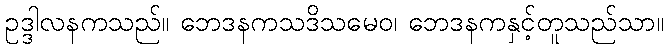
ဥဒ္ဒါလနကသည်။ ဘေဒနကသဒိသမေဝ၊ ဘေဒနကနှင့်တူသည်သာ။